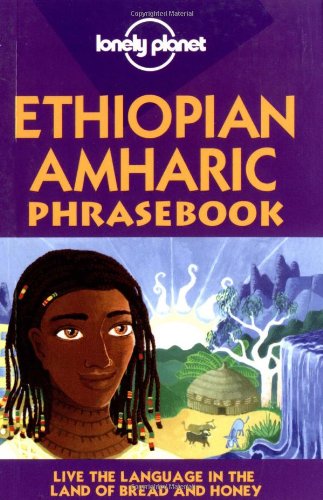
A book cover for Lonely Planet Ethiopian Amharic Phrasebook; Tilahun Kebede; Travel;